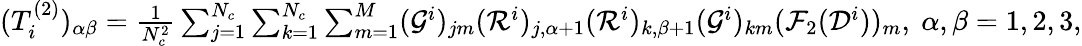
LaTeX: \begin{array}{r}{(T_{i}^{(2)})_{\alpha\beta}=\frac{1}{N_{c}^{2}}\sum_{j=1}^{N_{c}}\sum_{k=1}^{N_{c}}\sum_{m=1}^{M}(\mathcal G^{i})_{jm}(\mathcal R^{i})_{j,\alpha+1}(\mathcal R^{i})_{k,\beta+1}(\mathcal G^{i})_{km}(\mathcal F_{2}(\mathcal D^{i}))_{m},\ \alpha,\beta=1,2,3,}\end{array}